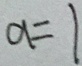
a = 1